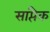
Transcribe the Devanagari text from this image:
साप्तैक